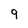
Character: 9